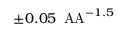
\pm 0 . 0 5 \, \mathrm { \ A A } ^ { - 1 . 5 }